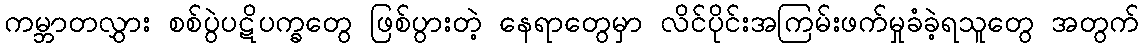
ကမ္ဘာတလွှား စစ်ပွဲပဋိပက္ခတွေ ဖြစ်ပွားတဲ့ နေရာတွေမှာ လိင်ပိုင်းအကြမ်းဖက်မှုခံခဲ့ရသူတွေ အတွက်